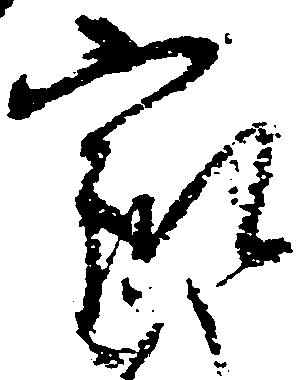
家